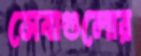
সেবাগুলোর